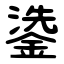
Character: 鍌